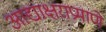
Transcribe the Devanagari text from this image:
आद्याक्षराप्रमाणे